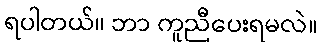
ရပါတယ်။ ဘာ ကူညီပေးရမလဲ။